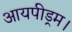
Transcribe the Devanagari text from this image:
आयपीड्रम।